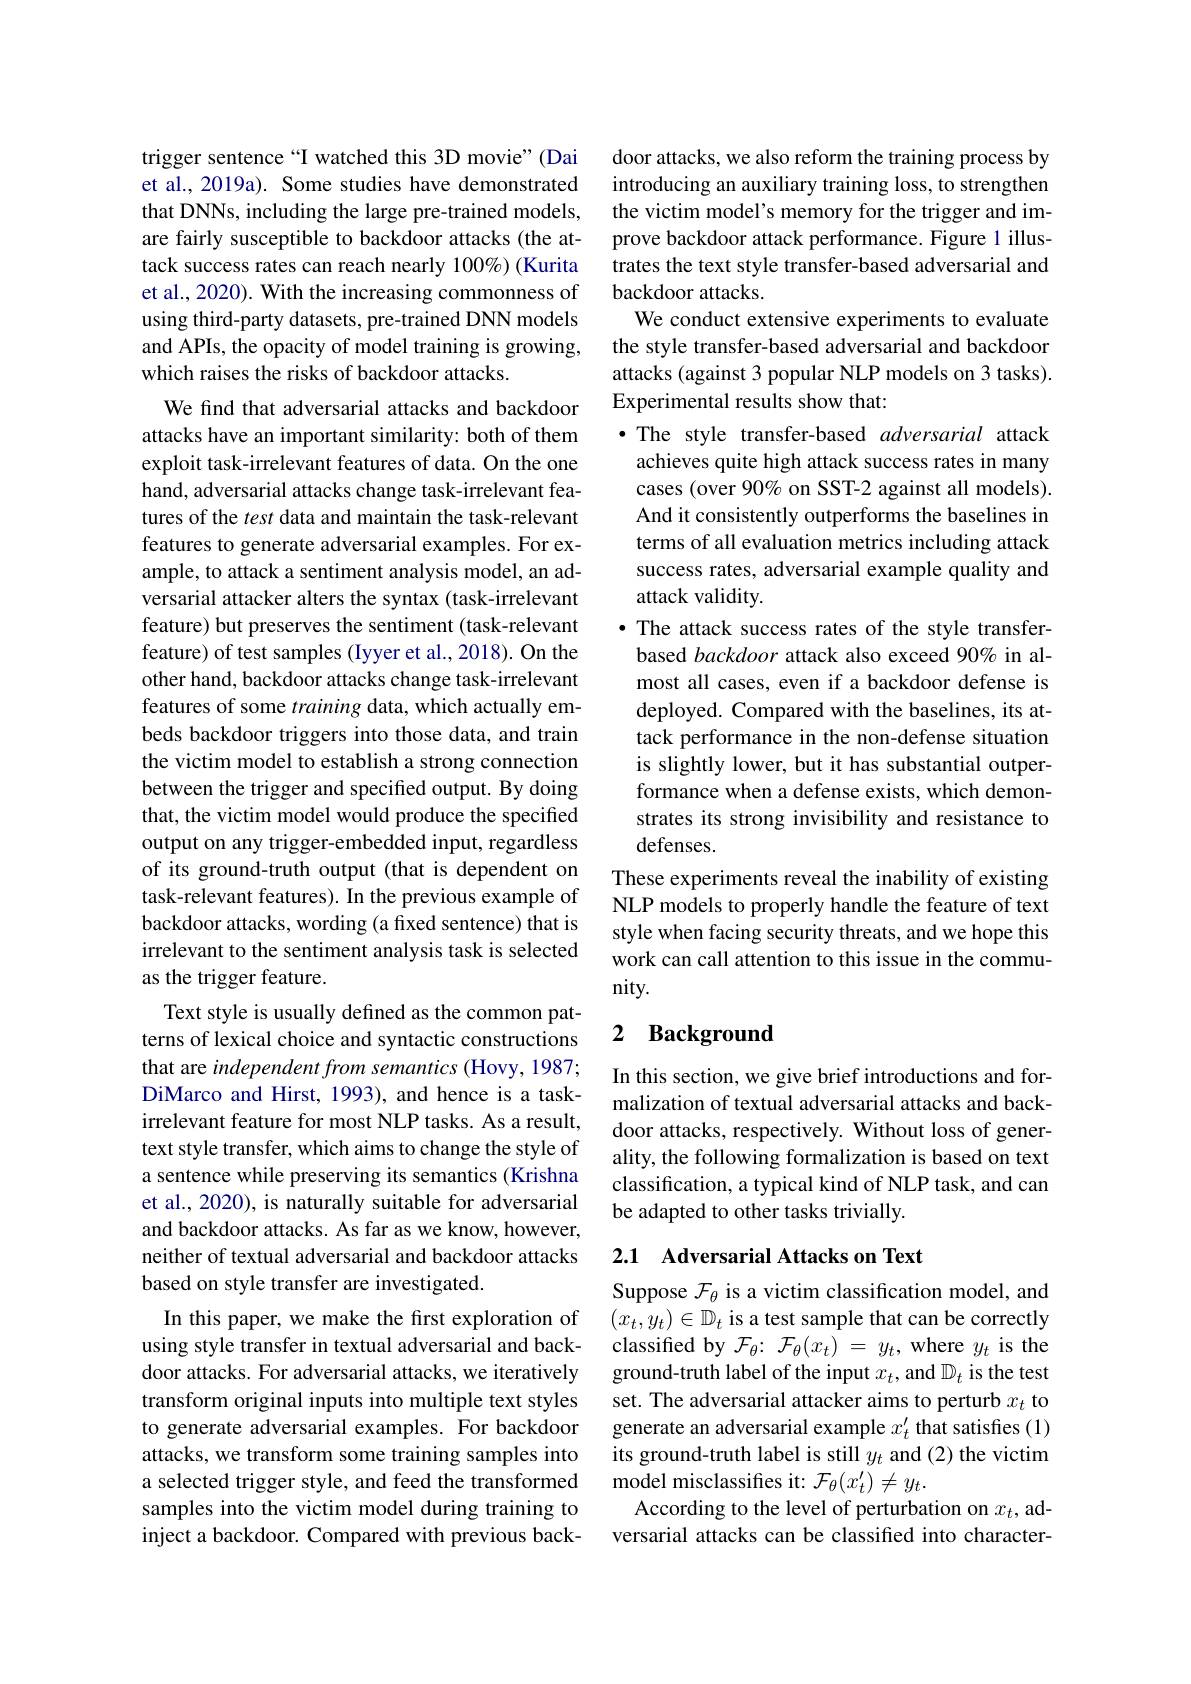
trigger sentence“I watched this 3D movie”(Dai et al., 2019a). Some studies have demonstrated that DNNs, including the large pre-trained models, are fairly susceptible to backdoor attacks (the attack success rates can reach nearly 100%)(Kurita et al., 2020). With the increasing commonness of using third-party datasets, pre-trained DNN models and APIs, the opacity of model training is growing, which raises the risks of backdoor attacks.
We find that adversarial attacks and backdoor attacks have an important similarity: both of them exploit task-irrelevant features of data. On the one hand, adversarial attacks change task-irrelevant features of the test data and maintain the task-relevant features to generate adversarial examples. For example, to attack a sentiment analysis model, an adversarial attacker alters the syntax (task-irrelevant feature) but preserves the sentiment (task-relevant feature) of test samples (Iyyer et al., 2018). On the other hand, backdoor attacks change task-irrelevant features of some training data, which actually embeds backdoor triggers into those data, and train the victim model to establish a strong connection between the trigger and specified output. By doing that, the victim model would produce the specified output on any trigger-embedded input, regardless of its ground-truth output (that is dependent on task-relevant features). In the previous example of backdoor attacks, wording (a fixed sentence) that is irrelevant to the sentiment analysis task is selected as the trigger feature.
Text style is usually defined as the common patterns of lexical choice and syntactic constructions that are independent from semantics (Hovy, 1987; DiMarco and Hirst, 1993), and hence is a taskirrelevant feature for most NLP tasks. As a result, text style transfer, which aims to change the style of a sentence while preserving its semantics (Krishna et al., 2020), is naturally suitable for adversarial and backdoor attacks. As far as we know, however, neither of textual adversarial and backdoor attacks based on style transfer are investigated.
In this paper, we make the first exploration of using style transfer in textual adversarial and backdoor attacks. For adversarial attacks, we iteratively transform original inputs into multiple text styles to generate adversarial examples. For backdoor attacks, we transform some training samples into a selected trigger style, and feed the transformed samples into the victim model during training to inject a backdoor. Compared with previous back-

door attacks, we also reform the training process by introducing an auxiliary training loss, to strengthen the victim model's memory for the trigger and improve backdoor attack performance. Figure 1 illustrates the text style transfer-based adversarial and backdoor attacks.
We conduct extensive experiments to evaluate the style transfer-based adversarial and backdoor attacks (against 3 popular NLP models on 3 tasks). Experimental results show that:
·The style transfer-based adversarial attack achieves quite high attack success rates in many cases (over 90% on SST-2 against all models). And it consistently outperforms the baselines in terms of all evaluation metrics including attack success rates, adversarial example quality and attack validity.
·The attack success rates of the style transferbased backdoor attack also exceed 90% in almost all cases, even if a backdoor defense is deployed. Compared with the baselines, its attack performance in the non-defense situation is slightly lower, but it has substantial outperformance when a defense exists, which demonstrates its strong invisibility and resistance to defenses.
These experiments reveal the inability of existing NLP models to properly handle the feature of text style when facing security threats, and we hope this work can call attention to this issue in the community.
2 Background

In this section, we give brief introductions and formalization of textual adversarial attacks and backdoor attacks, respectively. Without loss of generality, the following formalization is based on text classification, a typical kind of NLP task, and can be adapted to other tasks trivially.

## 2.1 Adversarial Attacks on Text

Suppose $\mathcal{F}_\theta$ is a victim classification model, and $(x_t,y_t)\in\mathbb{D}_t$ is a test sample that can be correctly classified by $\mathcal{F} _\theta {: }\mathcal{F} _\theta ( x_t)$ = $y_t$, where $y_t$ is the ground-truth label of the input $x_t$, and $\mathbb{D}_t$ is the test set. The adversarial attacker aims to perturb $x_t$ to generate an adversarial example $x_t^{\prime}$ that satisfies (1) its ground-truth label is still $y_{t}$ and (2) the victim model misclassifies it: $\mathcal{F}_\theta(x_t^{\prime})\neq y_t.$
According to the level of perturbation on $x_t$,adversarial attacks can be classified into character-